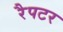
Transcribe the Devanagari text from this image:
रैपटर